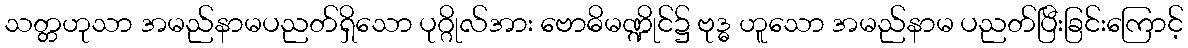
သတ္တဟုသာ အမည်နာမပညတ်ရှိသော ပုဂ္ဂိုလ်အား ဗောဓိမဏ္ဍိုင်၌ ဗုဒ္ဓ ဟူသော အမည်နာမ ပညတ်ပြီးခြင်းကြောင့်